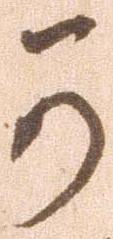
可